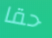
حقا